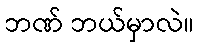
ဘဏ် ဘယ်မှာလဲ။